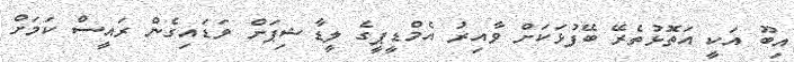
އިބޫ އަކީ އަތޮޅުތެރޭ ބޭފުޅަކަށް ވާއިރު އެމްޑީޕީގެ ލީޑާޝިޕަށް ވަޑައިގެން ރައީސް ކަމަށް